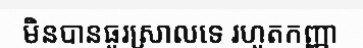
មិនបានធូរស្រាលទេ រហូតកញ្ញា